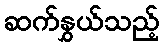
ဆက်နွှယ်သည့်